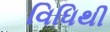
વિધિથી